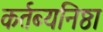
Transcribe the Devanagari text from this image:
कर्तब्यनिष्ठा